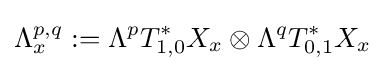
\Lambda _{x}^{p,q}:=\Lambda ^{p}T_{1,0}^{*}X_{x}\otimes \Lambda ^{q}T_{0,1}^{*}X_{x}